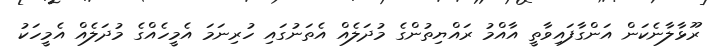
ރޫޅާލާނެކަން އަންގާފައިވާތީ އާއްމު ރައްޔިތުންގެ މުދަލެއް އެތަނުގައި ހުރިނަމަ އެމީހެއްގެ މުދަލެއް އެމީހަކު